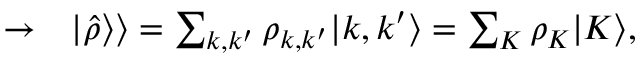
\begin{array} { r l } { \rightarrow } & { { } \vert \hat { \rho } \rangle \rangle = \sum _ { k , k ^ { \prime } } \rho _ { k , k ^ { \prime } } \vert k , k ^ { \prime } \rangle = \sum _ { K } \rho _ { K } \vert K \rangle , } \end{array}